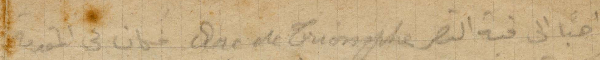
ذاهبًا الى قبة النصر Arc de Triomphe فكان في المقدمة